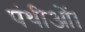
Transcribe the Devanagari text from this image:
पंथीओं।